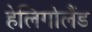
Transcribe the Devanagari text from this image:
हेलिगोलैंड